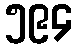
၅၉၄